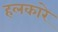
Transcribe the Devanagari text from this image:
हलकारे